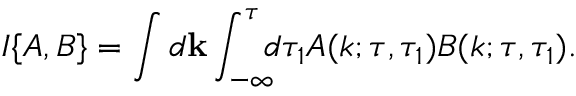
I \{ { A , B } \} = \int d { \bf { k } } \int _ { - \infty } ^ { \tau } \! \! \! d \tau _ { 1 } A ( k ; \tau , \tau _ { 1 } ) B ( k ; \tau , \tau _ { 1 } ) .